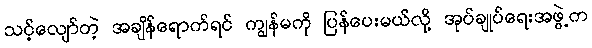
သင့်လျော်တဲ့ အချိန်ရောက်ရင် ကျွန်မကို ပြန်ပေးမယ်လို့ အုပ်ချုပ်ရေးအဖွဲ့က